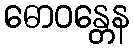
ဓောဝန္တေန